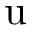
\mathrm { u }